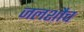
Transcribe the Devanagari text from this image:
जलशौच